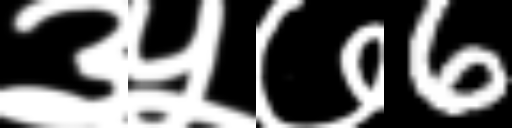
Text: ३५७6